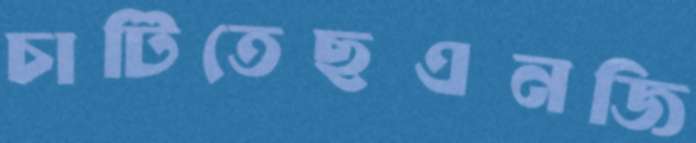
চাটিতেছএনজি